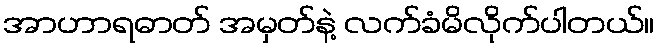
အာဟာရဓာတ် အမှတ်နဲ့ လက်ခံမိလိုက်ပါတယ်။